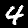
Digit: 4